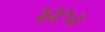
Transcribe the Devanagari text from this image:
३३५३